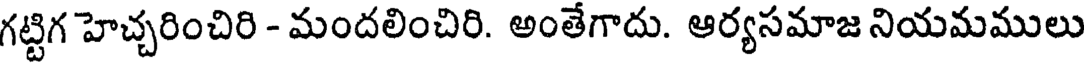
గట్టిగ హెచ్చరించిరి - మందలించిరి. అంతేగాదు. ఆర్యసమాజ నియమములు